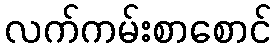
လက်ကမ်းစာစောင်